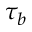
\tau _ { b }